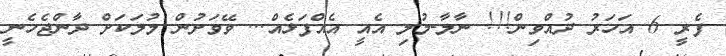
ފެރީ 6 އަހަރު ދުއްވިން!!! ނާލާ-މުލި އެއީ އެއްފަޅެއް... ވޭވަށުން މުލަކަށް ދާންޖެހެނީ